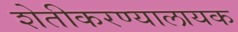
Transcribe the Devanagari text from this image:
शेतीकरण्यालायक